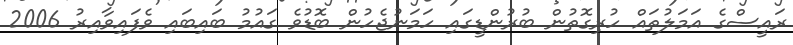
ރައީސްގެ އަމަލުތައް ހުރިގޮތުން ބުރުންޑީގައި ހަމަނުޖެހުން ބޮޑުވެ ގައުމު ބައިބައި ވެފައިވާއިރު 2006